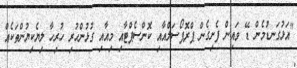
"އަޅުގަނޑުމެން ޑޭ ވައިން ފެށިގެން ޕްރޮޕޯސަލްއާއި ކޮންސެޕްޓާއި މިއާއި ގުޅުންހުރި ހުރިހާ ލިޔެކިޔުންތަކެއް